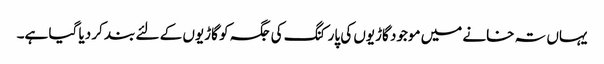
یہاں تہ خانے میں موجود گاڑیوں کی پارکنگ کی جگہ کو گاڑیوں کے لئے بند کر دیا گیا ہے۔